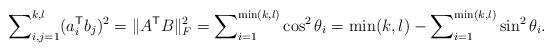
LaTeX: \begin{align*} \sum\nolimits_{i,j=1}^{k,l} (a_i^\mathsf{T} b_j)^{2} = \lVert A^\mathsf{T} B \rVert_F^2 = \sum\nolimits_{i=1}^{\min(k,l)} \cos^2 \theta_i = \min(k,l) - \sum\nolimits_{i=1}^{\min(k,l)} \sin^2 \theta_i .\end{align*}